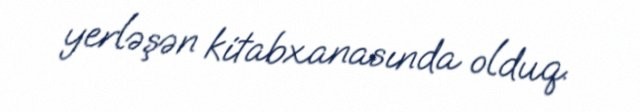
yerləşən kitabxanasında olduq.